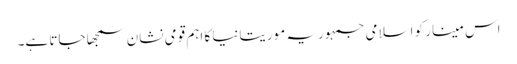
اس مینار کو اسلامی جمہوریہ موریتانیا کا اہم قومی نشان سمجھا جاتا ہے۔